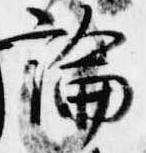
論